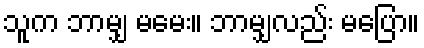
သူက ဘာမျှ မမေး။ ဘာမျှလည်း မပြော။